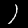
Digit: 1